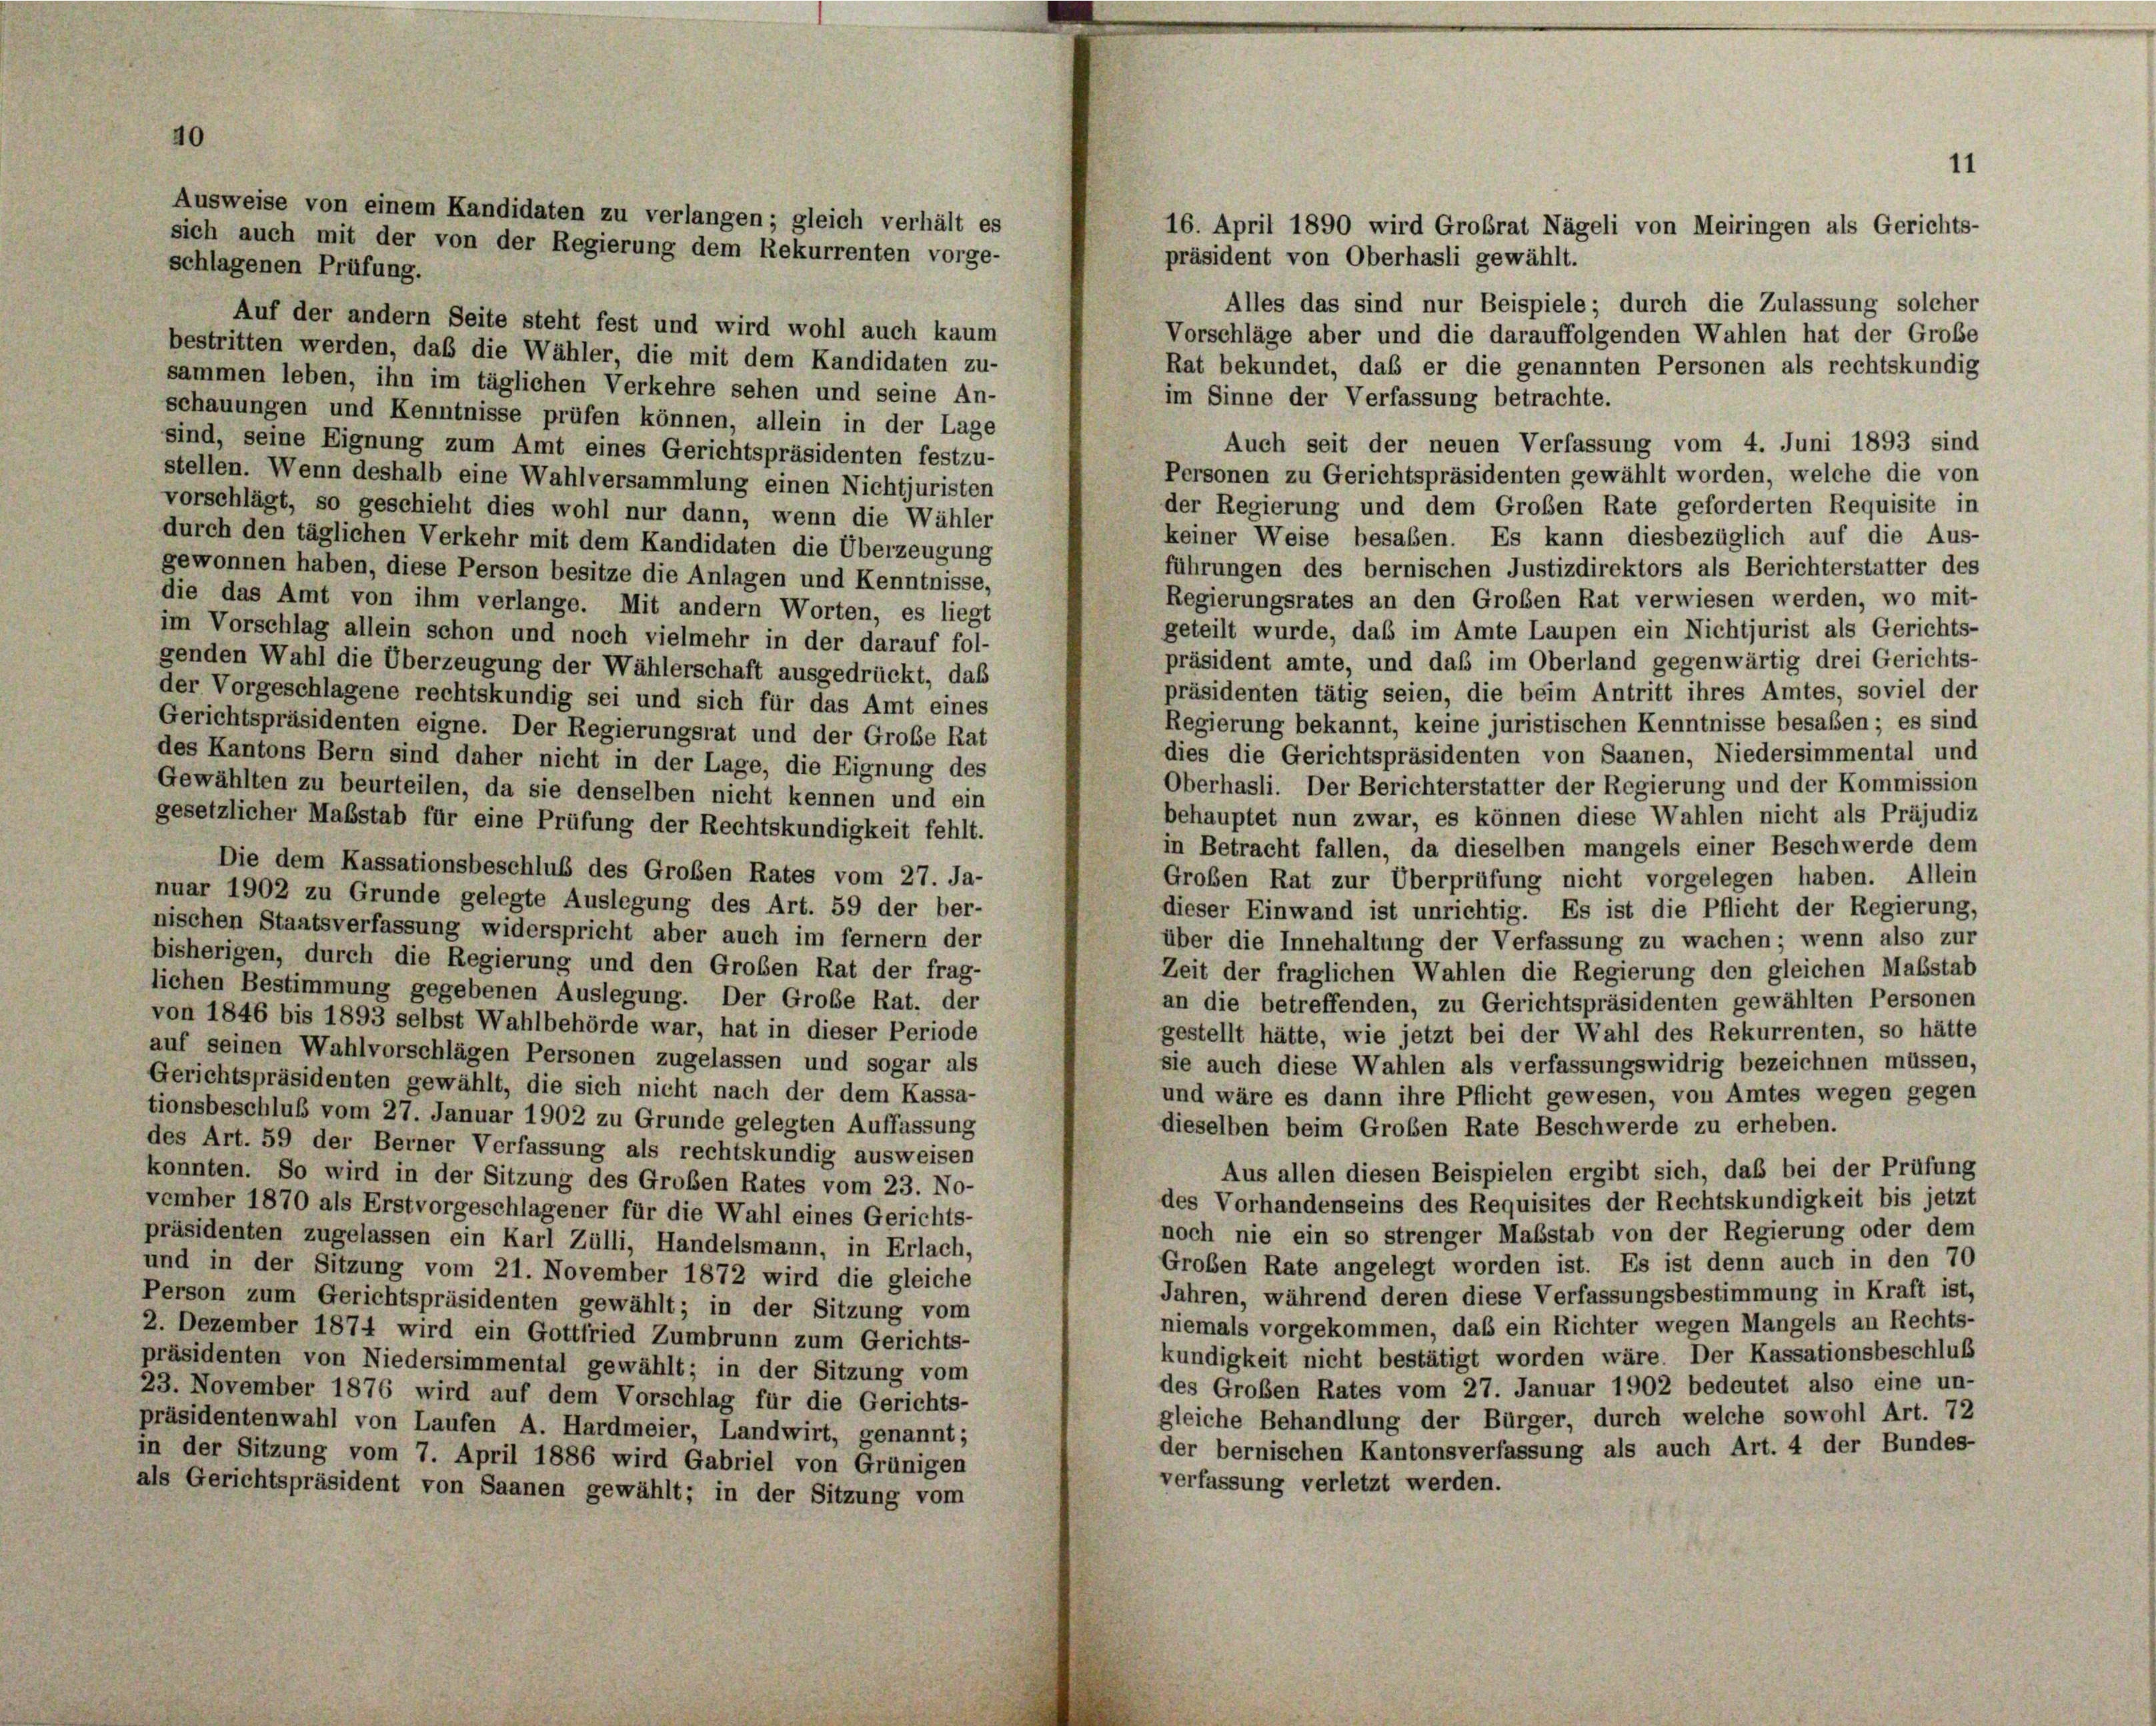
4

Alles das sind nur Beispiele; durch die Zulassung solcher
Auf der andern Seite steht fest und wird wohl auch kaum
Vorschläge aber und die darauffolgenden Wahlen hat der Große
bestritten werden, daß die Wähler, die mit dem Kandidaten zu-
Rat bekundet, daß er die genannten Personen als rechtskundig
sammen leben, ihn im täglichen Verkehre sehen und seine An-
im Sinne der Verfassung betrachte.
schauungen und Kenntnisse prüfen können, allein in der Lage
Auch seit der neuen Verfassung vom 4. Juni 1893 sind
sind, seine Eignung zum Amt eines Gerichtspräsidenten festzu-
Personen zu Gerichtspräsidenten gewählt worden, welche die von
stellen. Wenn deshalb eine Wahlversammlung einen Nichtjuristen
der Regierung und dem Großen Rate geforderten Requisite in
vorschlägt, so geschieht dies wohl nur dann, wenn die Wähler
keiner Weise besaben. Es kann diesbezüglich auf die Aus-
durch den täglichen Verkehr mit dem Kandidaten die Überzeugung
führungen des bernischen Justizdirektors als Berichterstatter des
gewonnen haben, diese Person besitze die Anlagen und Kenntnisse,
Regierungsrates an den Großen Rat verwiesen werden, wo mit-
die das Amt von ihm verlange. Mit andern Worten, es liegt
geteilt wurde, daß im Amte Laupen ein Nichtjurist als Gerichts-
im Vorschlag allein schon und noch vielmehr in der darauf fol-
präsident amte, und daß im Oberland gegenwärtig drei Gerichts-
genden Wahl die Überzeugung der Wählerschaft ausgedrückt, das
präsidenten tätig seien, die beim Antritt ihres Amtes, soviel der
der Vorgeschlagene rechtskundig sei und sich für das Amt eines
Regierung bekannt, keine juristischen Kenntnisse besaßen; es sind
Gerichtspräsidenten eigne. Der Regierungsrat und der Große Rat
dies die Gerichtspräsidenten von Saanen, Niedersimmental und
des Kantons Bern sind daher nicht in der Lage, die Eignung des
Oberhasli. Der Berichterstatter der Regierung und der Kommission
Gewählten zu beurteilen, da sie denselben nicht kennen und ein
behauptet nun zwar, es können diese Wahlen nicht als Präjudiz
gesetzlicher Maßstab für eine Prüfung der Rechtskundigkeit fehlt.
in Betracht fallen, da dieselben mangels einer Beschwerde dem
Die dem Kassationsbeschluß des Großen Rates vom 27. Ja-
Großen Rat zur Überprüfung nicht vorgelegen haben. Allein
nuar 1902 zu Grunde gelegte Auslegung des Art. 59 der ber-
dieser Einwand ist unrichtig. Es ist die Pflicht der Regierung,
nischen Staatsverfassung widerspricht aber auch im fernem der
über die Innehaltung der Verfassung zu wachen; wenn also zur
bisherigen, durch die Regierung und den Großen Rat der frag-
Zeit der fraglichen Wahlen die Regierung den gleichen Maßstab
lichen Bestimmung gegebenen Auslegung. Der Große Rat. der
an die betreffenden, zu Gerichtspräsidenten gewählten Personen
von 1846 bis 1893 selbst Wahlbehörde war, hat in dieser Periode
gestellt hätte, wie jetzt bei der Wahl des Rekurrenten, so hätte
auf seinen Wahlvorschlägen Personen zugelassen und sogar als
sie auch diese Wahlen als verfassungswidrig bezeichnen müssen,
Gerichtspräsidenten gewählt, die sich nicht nach der dem Kassa-
und wäre es dann ihre Pflicht gewesen, von Amtes wegen gegen
tionsbeschluß vom 27. Januar 1902 zu Grunde gelegten Auffassung
dieselben beim Großen Rate Beschwerde zu erheben.
des Art. 59 der Berner Verfassung als rechtskundig ausweisen
Aus allen diesen Beispielen ergibt sich, daß bei der Prüfung
konnten. So wird in der Sitzung des Großen Rates vom 23. No-
des Vorhandenseins des Requisites der Rechtskundigkeit bis jetzt
vember 1870 als Erstvorgeschlagener für die Wahl eines Gerichts-
noch nie ein so strenger Maßstab von der Regierung oder dem
präsidenten zugelassen ein Karl Zülli, Handelsmann, in Erlach,
Großen Rate angelegt worden ist. Es ist denn auch in den 70
und in der Sitzung vom 21. November 1872 wird die gleiche
Jahren, während deren diese Verfassungsbestimmung in Kraft ist,
Person zum Gerichtspräsidenten gewählt; in der Sitzung vom
niemals vorgekommen, daß ein Richter wegen Mangels an Rechts-
2. Dezember 1874 wird ein Gottfried Zumbrunn zum Gerichts-
kundigkeit nicht bestätigt worden wäre. Der Kassationsbeschluß
präsidenten von Niedersimmental gewählt; in der Sitzung vom
des Großen Rates vom 27. Januar 1902 bedeutet also eine un-
23. November 1876 wird auf dem Vorschlag für die Gerichts-
gleiche Behandlung der Bürger, durch welche sowohl Art. 72
präsidentenwahl von Laufen A. Hardmeier, Landwirt, genannt;
der bernischen Kantonsverfassung als auch Art. 4 der Bundes-
in der Sitzung vom 7. April 1886 wird Gabriel von Grünigen
verfassung verletzt werden.
als Gerichtspräsident von Saanen gewählt; in der Sitzung vom

Ausweise von einem Kandidaten zu verlangen; gleich verhält es
sich auch mit der von der Regierung dem Rekurrenten vorge-
schlagenen Prüfung.

11
16. April 1890 wird Grobrat Nägeli von Meiringen als Gerichts-
präsident von Oberhasli gewählt.